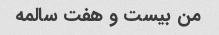
من بیست و هفت سالمه